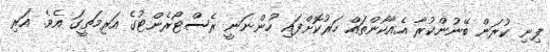
ފިނި ކުރަން ބޭނުންކުރާ އެއާކޯންތައް ހަރުކޮށްފައި ހުންނަނީ ރެސްޓޯރެންޓުގެ އަރިމަތީގަ އެވެ. އަރި